Sanitation, dispensaries and jails vaccination Rajputana 1922-1927 - 1922-1927
Year: 1922
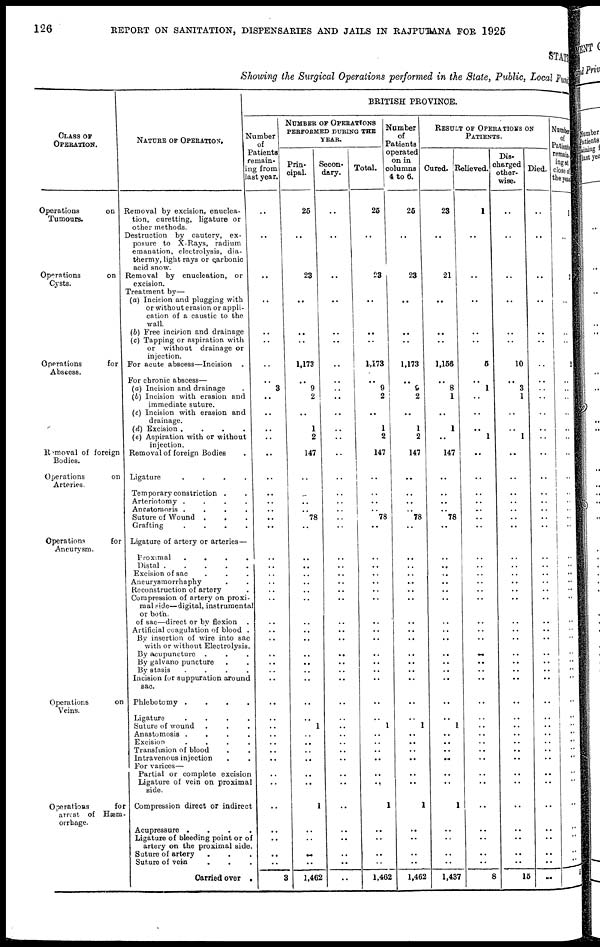
126
REPORT ON SANITATION, DISPENSARIES AND JAILS IN RAJPUTANA FOR 1925
STATE
Showing the Surgical Operations performed in the State, Public, Local Fund
CLASS OF
OPERATION.
Operations
on
Tumours.
Operations
on
Cysts.
Operations
for
Abscess.
Removal of foreign
Bodies.
Operations
on
Arteries.
Operations
for
Aneurysm.
Operations
on
Veins.
Operations
for
arrest of Hæm¬
orrhage.
NATURE OF OPERATION.
Removal by excision, enuclea-
tion, curetting, ligature or
other methods.
Destruction by cautery, ex-
posure to X-Rays, radium
emanation, electrolysis, dia-
thermy, light rays or carbonic
acid snow.
Removal by enucleation, or
excision.
Treatment by—
(a) Incision and plugging with
or without erasion or appli-
cation of a caustic to the
wall.
(b) Free incision and drainage
(c) Tapping or aspiration with
or without drainage or
injection.
For acute abscess—Incision .
For chronic abscess—
(a) Incision and drainage .
(b) Incision with erasion and
immediate suture.
(c) Incision with erasion and
drainage.
(d) Excision
....
(e) Aspiration with or without
injection.
Removal of foreign Bodies
Ligature
....
Temporary constriction ..
Arteriotomy
....
Anastomosis
....
Suture of Wound
...
Grafting
....
Ligature of artery or arteries—
Proximal
....
Distal
.....
Excision of sac ...
Aneurysmorrhaphy ..
Reconstruction of artery .
Compression of artery on proxi-
mal side—digital, instrumental
or both.
of sac—direct or by flexion
Artificial coagulation of blood .
By insertion of wire into sac
with or without Electrolysis.
By acupuncture ...
By galvano puncture ..
By stasis
....
Incision for suppuration around
sac.
Phlebotomy
....
Ligature
....
Suture of wound ...
Anastomosis
....
Excision
....
Transfusion of blood
Intravenous injection
For varices—
Partial or complete excision
Ligature of vein on proximal
side.
Compression direct or indirect
Acupressure ....
Ligature of bleeding point or of
artery on the proximal side.
Suture of artery ...
Suture of vein ...
Carried over .
BRITISH PROVINCE.
Number
of
Patients
remain¬
ing from
last year.
..
..
..
..
..
..
..
..
3
..
..
..
..
..
..
..
..
..
..
..
..
..
..
..
..
..
..
..
..
..
..
..
..
..
..
..
..
..
..
..
..
..
..
..
..
..
..
3
NUMBER OF OPERATIONS
PERFORMED DURING THE
YEAR.
Prin-
cipal.
25
..
23
..
..
..
1,173
..
9
2
..
1
2
147
..
..
..
..
78
..
..
..
..
..
..
..
..
..
..
..
..
..
..
..
..
1
..
..
..
..
..
..
1
..
..
..
..
1,462
Secon-
dary.
..
..
..
..
..
..
..
..
..
..
..
..
..
..
..
..
..
..
..
..
..
..
..
..
..
..
..
..
..
..
..
..
..
..
..
..
..
..
..
..
..
..
..
..
..
..
..
..
Total.
25
..
23
..
..
..
1,173
..
9
2
..
1
2
147
..
..
..
..
78
..
..
..
..
..
..
..
..
..
..
..
..
..
..
..
..
1
..
..
..
..
..
..
1
..
..
..
..
1,462
Number
of
Patients
operated
on in
columns
4 to 6.
25
..
23
..
..
..
1,173
..
9
2
..
1
2
147
..
..
..
..
78
..
..
..
..
..
..
..
..
..
..
..
..
..
..
..
..
1
..
..
..
..
..
..
1
..
..
..
..
1,462
RESULT OF OPERATIONS ON
PATIENTS.
Cured.
23
..
21
..
..
..
1,156
..
8
1
..
1
..
147
..
..
..
..
78
..
..
..
..
..
..
..
..
..
..
..
..
..
..
..
..
1
..
..
..
..
..
..
1
..
..
..
..
1,437
Relieved.
1
..
..
..
..
..
5
..
1
..
..
..
1
..
..
..
..
..
..
..
..
..
..
..
..
..
..
..
..
..
..
..
..
..
..
..
..
..
..
..
..
..
..
..
..
..
..
8
Dis-
charged
other-
wise.
..
..
..
..
..
..
10
..
3
1
..
..
1
..
..
..
..
..
..
..
..
..
..
..
..
..
..
..
..
..
..
..
..
..
..
..
..
..
..
..
..
..
..
..
..
..
..
15
Died.
..
..
..
..
..
..
..
..
..
..
..
..
..
..
..
..
..
..
..
..
..
..
..
..
..
..
..
..
..
..
..
..
..
..
..
..
..
..
..
..
..
..
..
..
..
..
..
..
Number
of
Patients
remain¬
ing at
close of
the year
1
..
2
..
..
..
2
..
..
..
..
..
..
..
..
..
..
..
..
..
..
..
..
..
..
..
..
..
..
..
..
..
..
..
..
..
..
..
..
..
..
..
..
..
..
..
..
5